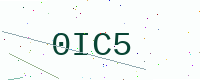
Text: 0IC5